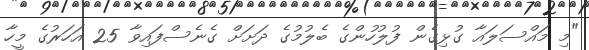
"މި މައްސަލައާ ގުޅިގެން ފުލުހުންގެ ބެލުމުގެ ދަށަށް ގެނެސްފައިވާ 25 އަހަރުގެ މީހާ